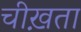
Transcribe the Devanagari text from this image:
चीख़ता